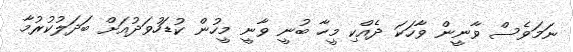
ނަމަވެސް ވާނީން ވާހަކަ ދެއްކި މީހާ ބުނީ ވާނީ މީހުން ކުޑަހުވަދުއަށް ބަދަލުކުރުމާ